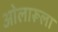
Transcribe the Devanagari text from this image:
ओलारूला